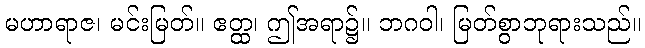
မဟာရာဇ၊ မင်းမြတ်။ ဧတ္ထ၊ ဤအရာ၌။ ဘဂဝါ၊ မြတ်စွာဘုရားသည်။